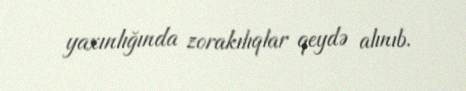
yaxınlığında zorakılıqlar qeydə alınıb.